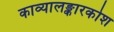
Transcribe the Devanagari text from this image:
काव्यालङ्कारकोश